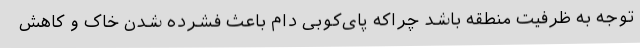
توجه به ظرفیت منطقه باشد چراکه پای‌کوبی دام باعث فشرده شدن خاک و کاهش